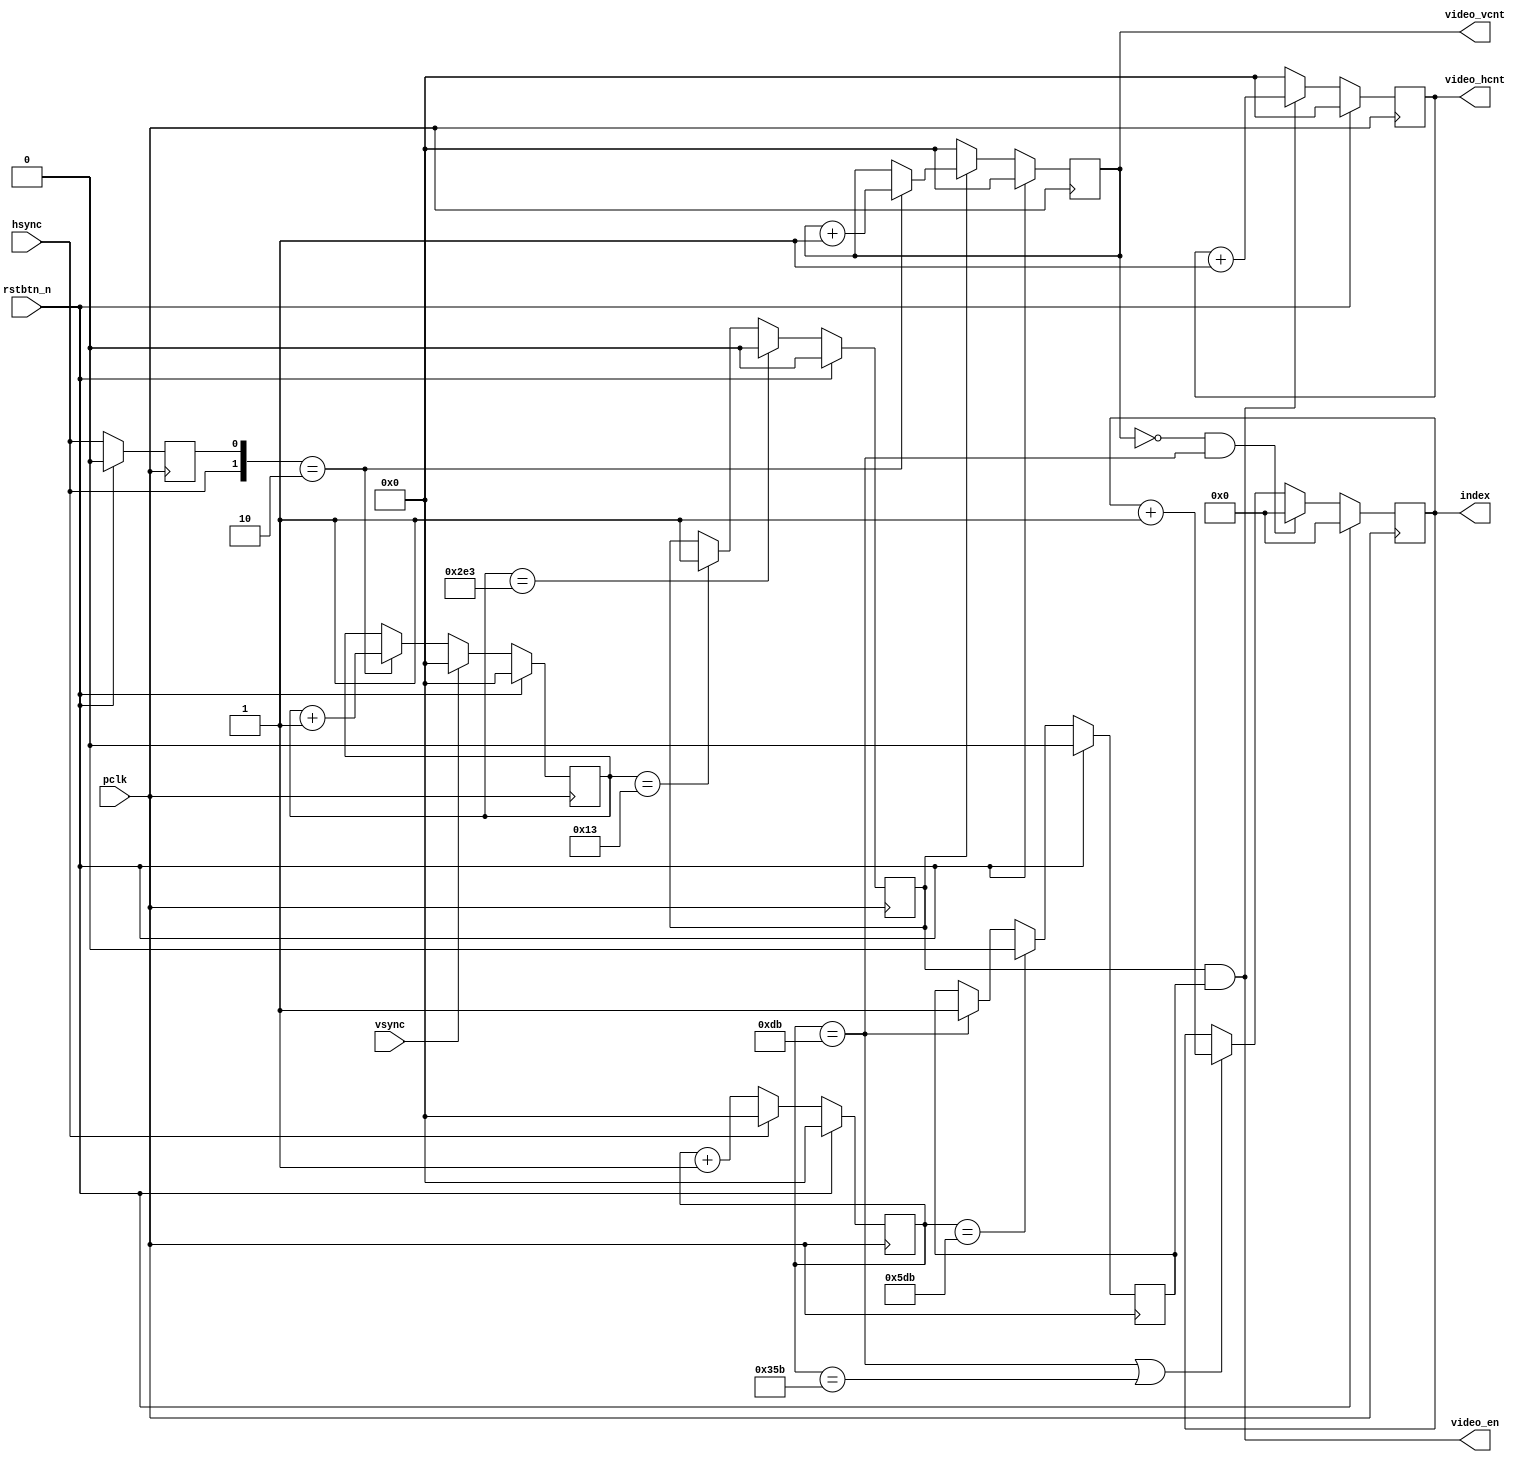
module parse_timing # (
	parameter FPOCH_HORIZ = 11'd220,
	parameter FPOCH_VIRTC = 11'd20,
	parameter FRAME_WIDTH = 11'd1280,
	parameter FRAME_HIGHT = 11'd720
)(
	input  wire       pclk,
	input  wire       rstbtn_n, 
	input  wire       hsync,
	input  wire       vsync,
	output wire       video_en,
	output reg [11:0] index,
	output reg [10:0] video_hcnt,
	output reg [10:0] video_vcnt
);

reg  [10:0] vcounter;
reg  [10:0] hcounter;
reg         vactive;
reg         hactive;
reg         hsync_buf;

wire [10:0] vstart  = FPOCH_VIRTC - 11'd1;
wire [10:0] vfinish = FPOCH_VIRTC + FRAME_HIGHT - 11'd1;
wire [10:0] hstart  = FPOCH_HORIZ - 11'd1;
wire [10:0] hfinish = FPOCH_HORIZ + FRAME_WIDTH - 11'd1;
wire [10:0] hmiddle = FPOCH_HORIZ + FRAME_WIDTH/2 - 11'd1;

assign video_en = (vactive & hactive);

always@(posedge pclk) begin
	if(rstbtn_n) begin
		index      <= 12'd0;
		hcounter   <= 11'd0;
		vcounter   <= 11'd0;
		video_hcnt <= 11'd0;
		video_vcnt <= 11'd0;
		vactive    <= 1'b0;
		hactive    <= 1'b0;
		hsync_buf  <= 1'b0;
	end else begin
		hsync_buf <= hsync;
		// Counts Hsync and Vsync 
		if(vsync)
			vcounter <= 11'd0;
		else if({hsync, hsync_buf} == 2'b10)
			vcounter <= vcounter + 11'd1;
		if(hsync)
			hcounter <= 11'd0;
		else
			hcounter <= hcounter + 11'd1;

		// Active Verical line 
		//if(vcounter == 11'd19)   vactive <= 1'b1;
		//if(vcounter == 11'd739)  vactive <= 1'b0;
		if(vcounter == vstart)   vactive <= 1'b1;
		if(vcounter == vfinish)  vactive <= 1'b0;

		// Active Horizontal line 
		//if(hcounter == 11'd219)  hactive <= 1'b1;
		//if(hcounter == 11'd1499) hactive <= 1'b0;
		if(hcounter == hstart)  hactive <= 1'b1;
		if(hcounter == hfinish) hactive <= 1'b0;

		// Counts Horizontal line for FIFO
		if(video_en)
		    video_hcnt <= video_hcnt + 11'd1;
		else
		    video_hcnt <= 11'd0;
			 
		if(vactive)begin
			if({hsync, hsync_buf} == 2'b10)
				video_vcnt <= video_vcnt + 11'd1;
		end else 
			video_vcnt <= 11'd0;
			
		//if(video_vcnt == 11'd0 && hcounter == 11'd219)
		if(video_vcnt == 11'd0 && hcounter == FPOCH_HORIZ - 11'd1)
			index <= 12'd0;
		//else if(hcounter == 11'd219 || hcounter == 11'd859)
		else if(hcounter == FPOCH_HORIZ - 11'd1 || hcounter == hmiddle)
			index <= index + 12'd1;
	end
end

endmodule